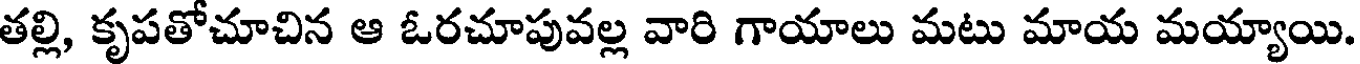
తల్లి, కృపతోచూచిన ఆ ఓరచూపువల్ల వారి గాయాలు మటు మాయ మయ్యాయి.